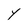
Character: Y